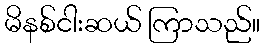
မိနစ်ငါးဆယ် ကြာသည်။